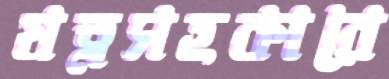
যত্নসহকারে